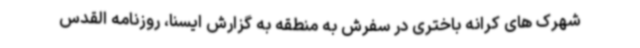
شهرک های کرانه باختری در سفرش به منطقه به گزارش ایسنا، روزنامه القدس